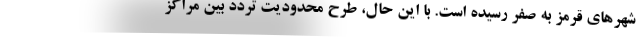
شهرهای قرمز به صفر رسیده است. با این حال، طرح محدودیت تردد بین مراکز